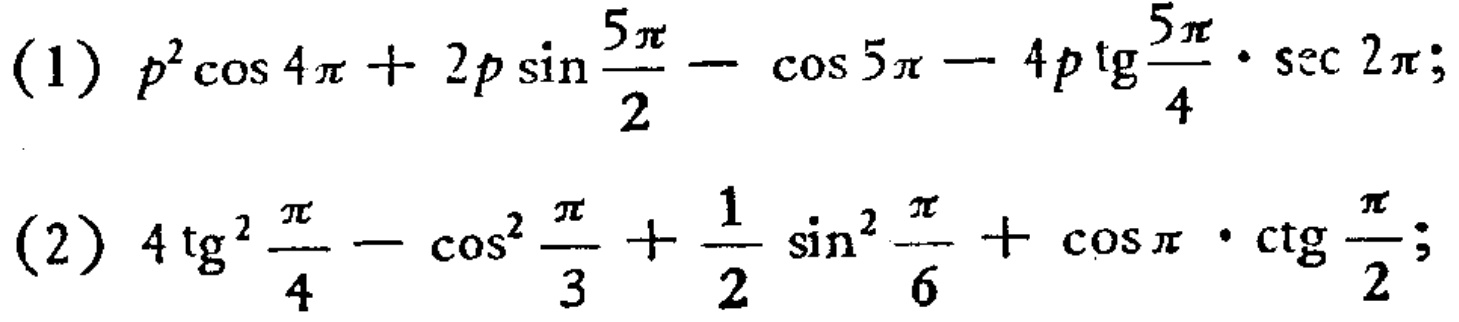
(1) \(p^{2}\cos 4\pi + 2p\sin\frac{5\pi}{2}-\cos 5\pi - 4p\operatorname{tg}\frac{5\pi}{4}\cdot\sec 2\pi\);
(2) \(4\operatorname{tg}^{2}\frac{\pi}{4}-\cos^{2}\frac{\pi}{3}+\frac{1}{2}\sin^{2}\frac{\pi}{6}+\cos\pi\cdot\operatorname{ctg}\frac{\pi}{2}\);